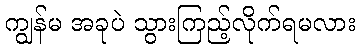
ကျွန်မ အခုပဲ သွားကြည့်လိုက်ရမလား